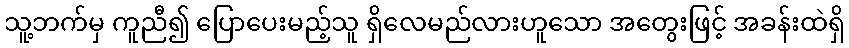
သူ့ဘက်မှ ကူညီ၍ ပြောပေးမည့်သူ ရှိလေမည်လားဟူသော အတွေးဖြင့် အခန်းထဲရှိ